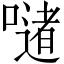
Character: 𪢆